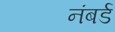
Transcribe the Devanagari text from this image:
नंबर्ड